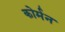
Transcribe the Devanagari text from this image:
कोर्मन